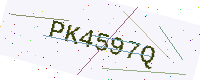
Text: PK4597Q